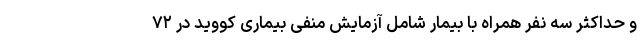
و حداکثر سه نفر همراه با بیمار شامل آزمایش منفی بیماری کووید در ۷۲